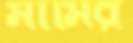
মামির